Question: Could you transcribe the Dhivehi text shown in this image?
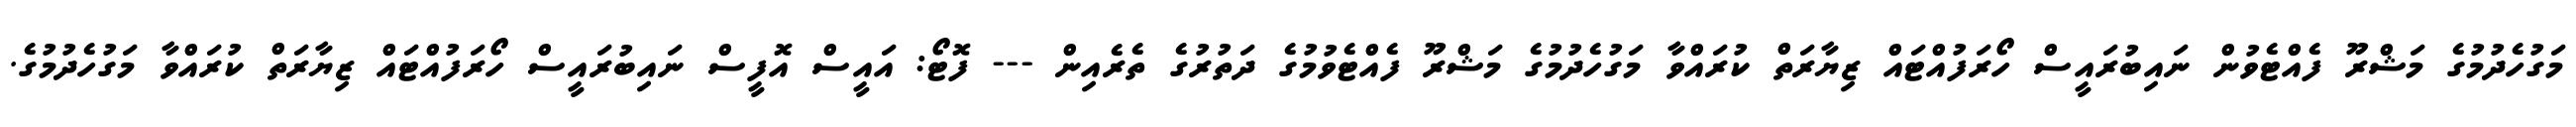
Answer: މަގުހެދުމުގެ މަޝްރޫ ފެއްޓެވުން ނައިބުރައީސް ހޯރަފުއްޓައް ޒިޔާރަތް ކުރައްވާ މަގުހެދުމުގެ މަޝްރޫ ފެއްޓެވުމުގެ ދަތުރުގެ ތެރެއިން --- ފޮޓޯ: އައީސް އޮފީސް ނައިބުރައީސް ހޯރަފުއްޓައް ޒިޔާރަތް ކުރައްވާ މަގުހެދުމުގެ.